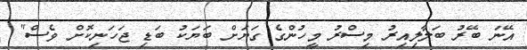
އޭނަ ބޭރު ބަލާލިއިރު މިސްރު މީހުންގެ ގަޔަށް ބަޔަކު ބަޑި ޖަހަނިކޮށް ވެސް"